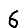
Digit: 6